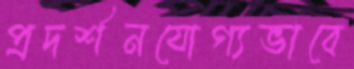
প্রদর্শনযোগ্যভাবে